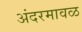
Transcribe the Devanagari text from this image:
अंदरमावळ